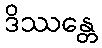
ဒိဿန္တေ